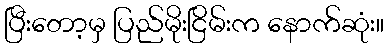
ပြီးတော့မှ ပြည်မိုးငြိမ်းက နောက်ဆုံး။